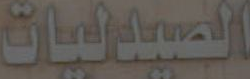
الصيدليات